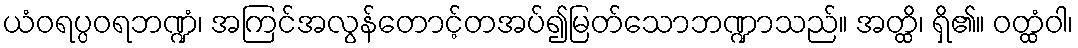
ယံဝရပ္ပဝရဘဏ္ဍံ၊ အကြင်အလွန်တောင့်တအပ်၍မြတ်သောဘဏ္ဍာသည်။ အတ္ထိ၊ ရှိ၏။ ဝတ္ထံဝါ၊